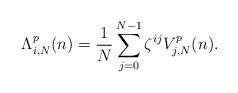
LaTeX: \begin{align*}\Lambda^p_{i,N}(n) = \frac{1}{N} \sum_{j=0}^{N-1} \zeta^{ij} V^p_{j,N}(n). \end{align*}